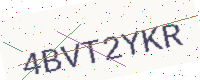
Text: 4BVT2YKR